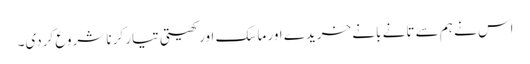
اس نے ہم سے تانے بانے خریدے اور ماسک اور کھیتی تیار کرنا شروع کردی۔